Vaccination United Provinces of Agra and Oudh 1902-1913 - 1902-1913
Year: 1902
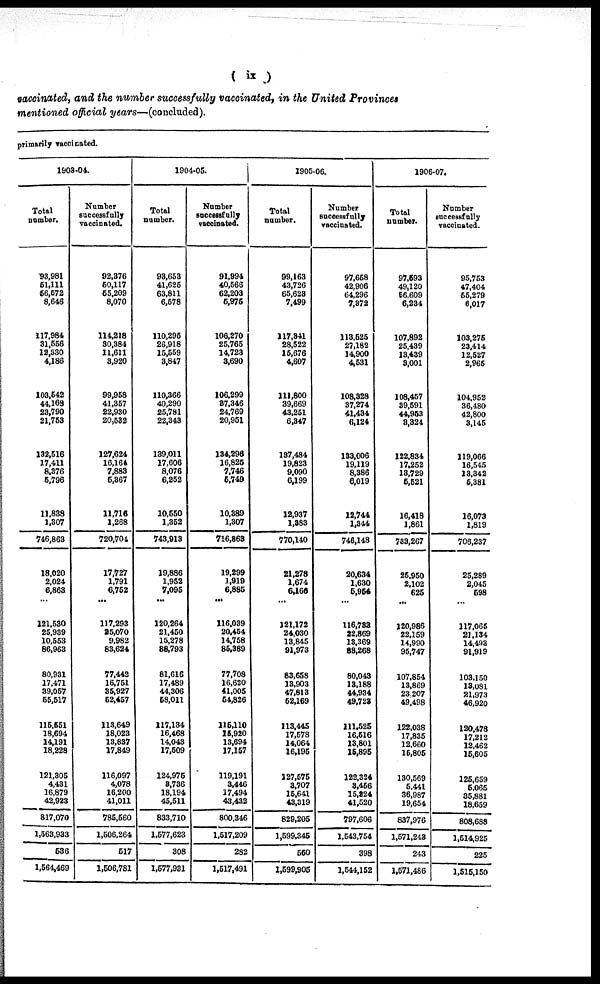
( ix )
vaccinated, and the number successfully vaccinated, in the United Provinces
mentioned official years—(concluded).
primarily vaccinated.
1903-04.
Total
number.
93,981
51,111
56,572
8,646
117,984
31,556
12,330
4,186
103,542
44,169
23,790
21,753
132,516
17,411
8,376
5,796
11,838
1,307
746,863
18,020
2,024
6,863
...
121,530
25,939
10,553
86,963
80,931
17,471
39,057
55,517
115,551
18,694
14,191
18,228
121,305
4,431
16,879
42,923
817,070
1,563,933
536
1,564,469
Number
successfully
vaccinated.
92,376
50,117
55,209
8,070
114,218
30,384
11,611
3,920
99,958
41,357
22,930
20,532
127,624
16,164
7,883
5,367
11,716
1,268
720,704
17,727
1,791
6,752
...
117,293
25,070
9,982
83,624
77,442
16,751
35,927
52,457
113,649
18,023
13,837
17,849
116,097
4,078
16,200
41,011
785,560
1,506,264
517
1,506,781
1904-05.
Total
number.
93,653
41,625
63,811
6,578
110,295
26,918
15,559
3,847
110,366
40,290
25,781
22,343
139,011
17,606
8,076
6,252
10,550
1,352
743,913
19,886
1,952
7,095
...
120,264
21,450
15,278
88,793
81,616
17,489
44,306
58,011
117,134
16,468
14,043
17,509
124,975
3,736
18,194
45,511
833,710
1,577,623
308
1,577,931
Number
successfully
vaccinated.
91,994
40,566
62,203
5,975
106,270
25,765
14,723
3,690
106,299
37,346
24,769
20,951
134,296
16,825
7,746
5,749
10,389
1,307
716,863
19,299
1,919
6,885
...
116,039
20,454
14,758
85,389
77,708
16,620
41,005
54,826
115,110
15,920
13,694
17,157
119,191
3,446
17,494
43,432
800,346
1,517,209
282
1,517,491
1905-06.
Total
number.
99,163
43,726
65,623
7,499
117,341
28,522
15,676
4,607
111,800
39,669
43,251
6,347
137,484
19,823
9,090
6,199
12,937
1,383
770,140
21,278
1,674
6,166
...
121,172
24,030
13,845
91,973
83,658
13,903
47,813
52,169
113,445
17,578
14,064
16,195
127,575
3,707
15,641
43,319
829,205
1,699,345
560
1,599,905
Number
successfully
vaccinated.
97,658
42,906
64,296
7,372
113,525
27,182
14,900
4,531
108,328
37,274
41,434
6,124
133,006
19,119
8,386
6,019
12,744
1,344
746,148
20,634
1,630
5,954
...
116,733
22,869
13,369
88,268
80,043
13,188
44,934
49,723
111,525
16,516
13,801
15,895
122,324
3,456
15,224
41,520
797,606
1,543,754
398
1,544,152
1906-07.
Total
number.
97,593
49,120
56,609
6,234
107,892
25,439
13,439
3,001
108,457
39,591
44,953
3,324
122,834
17,252
13,729
5,521
16,418
1,861
733,267
25,950
2,102
625
...
120,986
22,159
14,990
95,747
107,854
13,869
23,207
49,498
122,038
17,835
12,660
15,805
130,569
5,441
36,987
19,654
837,976
1,571,243
243
1,571,486
Number
successfully
vaccinated.
95,753
47,404
55,279
6,017
103,275
23,414
12,527
2,965
104,952
36,480
42,800
3,145
119,066
16,545
13,342
5,381
16,073
1,819
706,237
25,289
2,045
598
...
117,065
21,134
14,493
91,919
103,150
13,081
21,973
46,920
120,478
17,212
12,462
15,605
125,659
5,065
35,881
18,659
808,688
1,514,925
225
1,515,150